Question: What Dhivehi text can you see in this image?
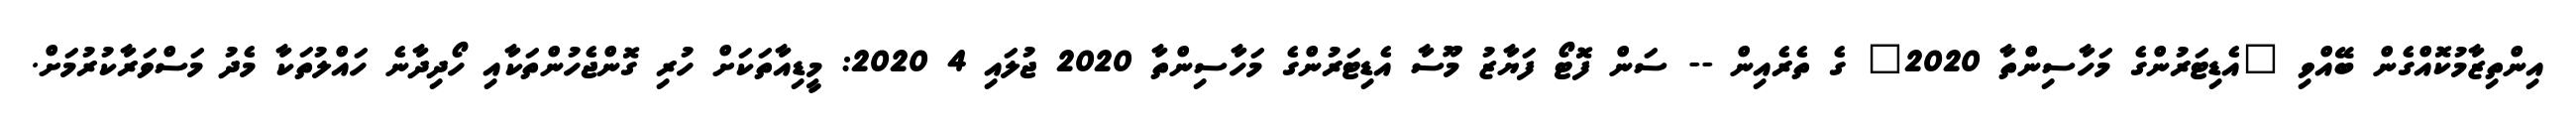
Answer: އިންތިޒާމުކޮއްގެން ބޭއްވި "އެޑިޓަރުންގެ މަހާސިންތާ 2020" ގެ ތެރެއިން -- ސަން ފޮޓޯ ފަޔާޒު މޫސާ އެޑިޓަރުންގެ މަހާސިންތާ 2020 ޖުލައި 4 2020: މީޑިއާތަކަށް ހުރި ގޮންޖެހުންތަކާއި ހޯދިދާނެ ހައްލުތަކާ މެދު މަސްވަރާކުރުމަށް.